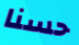
حسنا